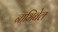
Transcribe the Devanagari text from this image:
नाभिबेल